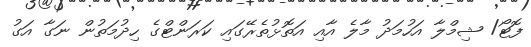
ފޮޓޯ/ ޝިމްލާ އަހުމަދު މާލެ އާއި އަތޮޅުތެރޭގައި ކަރަންޓްގެ ހިދުމަތުން ނަގާ އަގު